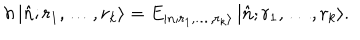
h \, | \hat { n } ; r _ { 1 } , \ldots , r _ { k } \rangle = E _ { | n ; r _ { 1 } , \ldots , r _ { k } \rangle } \, | \hat { n } ; r _ { 1 } , \ldots , r _ { k } \rangle .